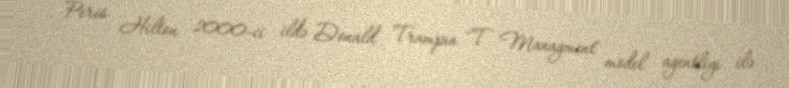
Peris Hilton 2000-ci ildə Donald Trampın "T Managment" model agentliyi ilə